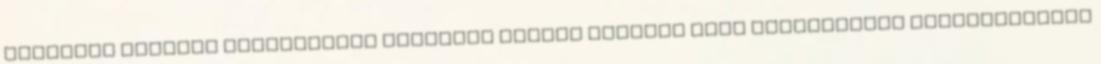
tanulónk meghitt előadásában Reményik Sándor Öröktűz című költeményét hallgathatták